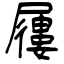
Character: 屨